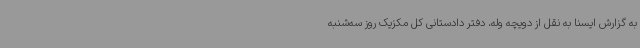
به گزارش ایسنا به نقل از دویچه وله، دفتر دادستانی کل مکزیک روز سه‌شنبه